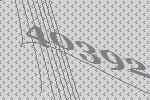
40392